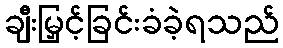
ချီးမြှင့်ခြင်းခံခဲ့ရသည်